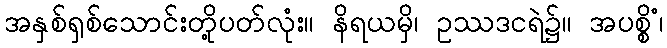
အနှစ်ရှစ်သောင်းတို့ပတ်လုံး။ နိရယမှိ၊ ဥဿဒငရဲ၌။ အပစ္စိံ၊